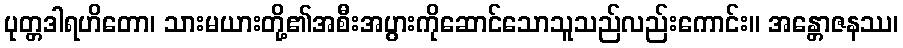
ပုတ္တဒါရဟိတော၊ သားမယားတို့၏အစီးအပွားကိုဆောင်သောသူသည်လည်းကောင်း။ အန္တောဇနဿ၊